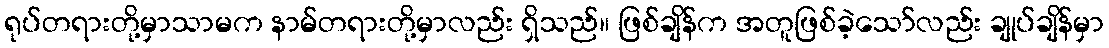
ရုပ်တရားတို့မှာသာမက နာမ်တရားတို့မှာလည်း ရှိသည်။ ဖြစ်ချိန်က အတူဖြစ်ခဲ့သော်လည်း ချုပ်ချိန်မှာ